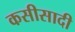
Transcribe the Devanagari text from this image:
कसीसादी